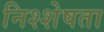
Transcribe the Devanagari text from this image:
निश्शेषता